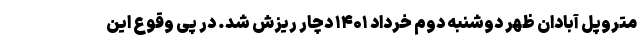
متروپل آبادان ظهر دوشنبه دوم خرداد ۱۴۰۱ دچار ریزش شد. در پی وقوع این